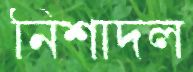
নিশাদল